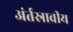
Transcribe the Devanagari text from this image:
अंर्तस्रावीय